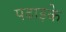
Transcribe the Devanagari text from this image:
पढाइके